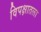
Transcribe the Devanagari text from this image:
विपक्षातला